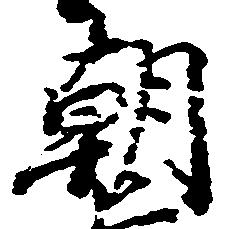
朝